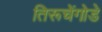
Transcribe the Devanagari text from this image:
तिरूचेंगोडे